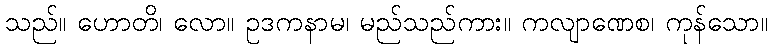
သည်။ ဟောတိ၊ လော။ ဥဒကနာမ၊ မည်သည်ကား။ ကလျာဏေစ၊ ကုန်သော။